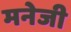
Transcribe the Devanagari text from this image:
मनेजी